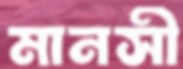
মানসী